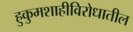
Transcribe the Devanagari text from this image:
हुकुमशाहीविरोधातील